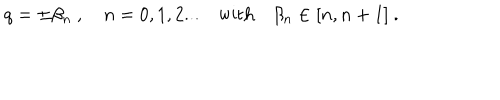
LaTeX: q = \pm \beta _ { n } \ , \quad n = 0 , 1 , 2 . . . \quad \mathrm { w i t h } \quad \beta _ { n } \in [ n , n + 1 ] \ .